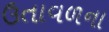
ઉતાવળના